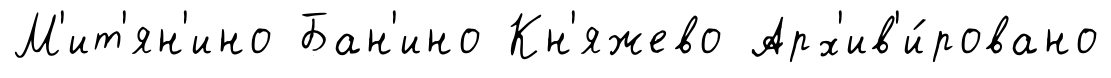
М'ит'ян'ино Бан'ино Кн'яжево Арх'ив'и́ровано